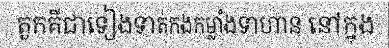
តួកគីជាទៀងទាត់កងកម្លាំងទាហាន នៅក្នុង